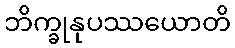
ဘိက္ခုနုပဿယောတိ